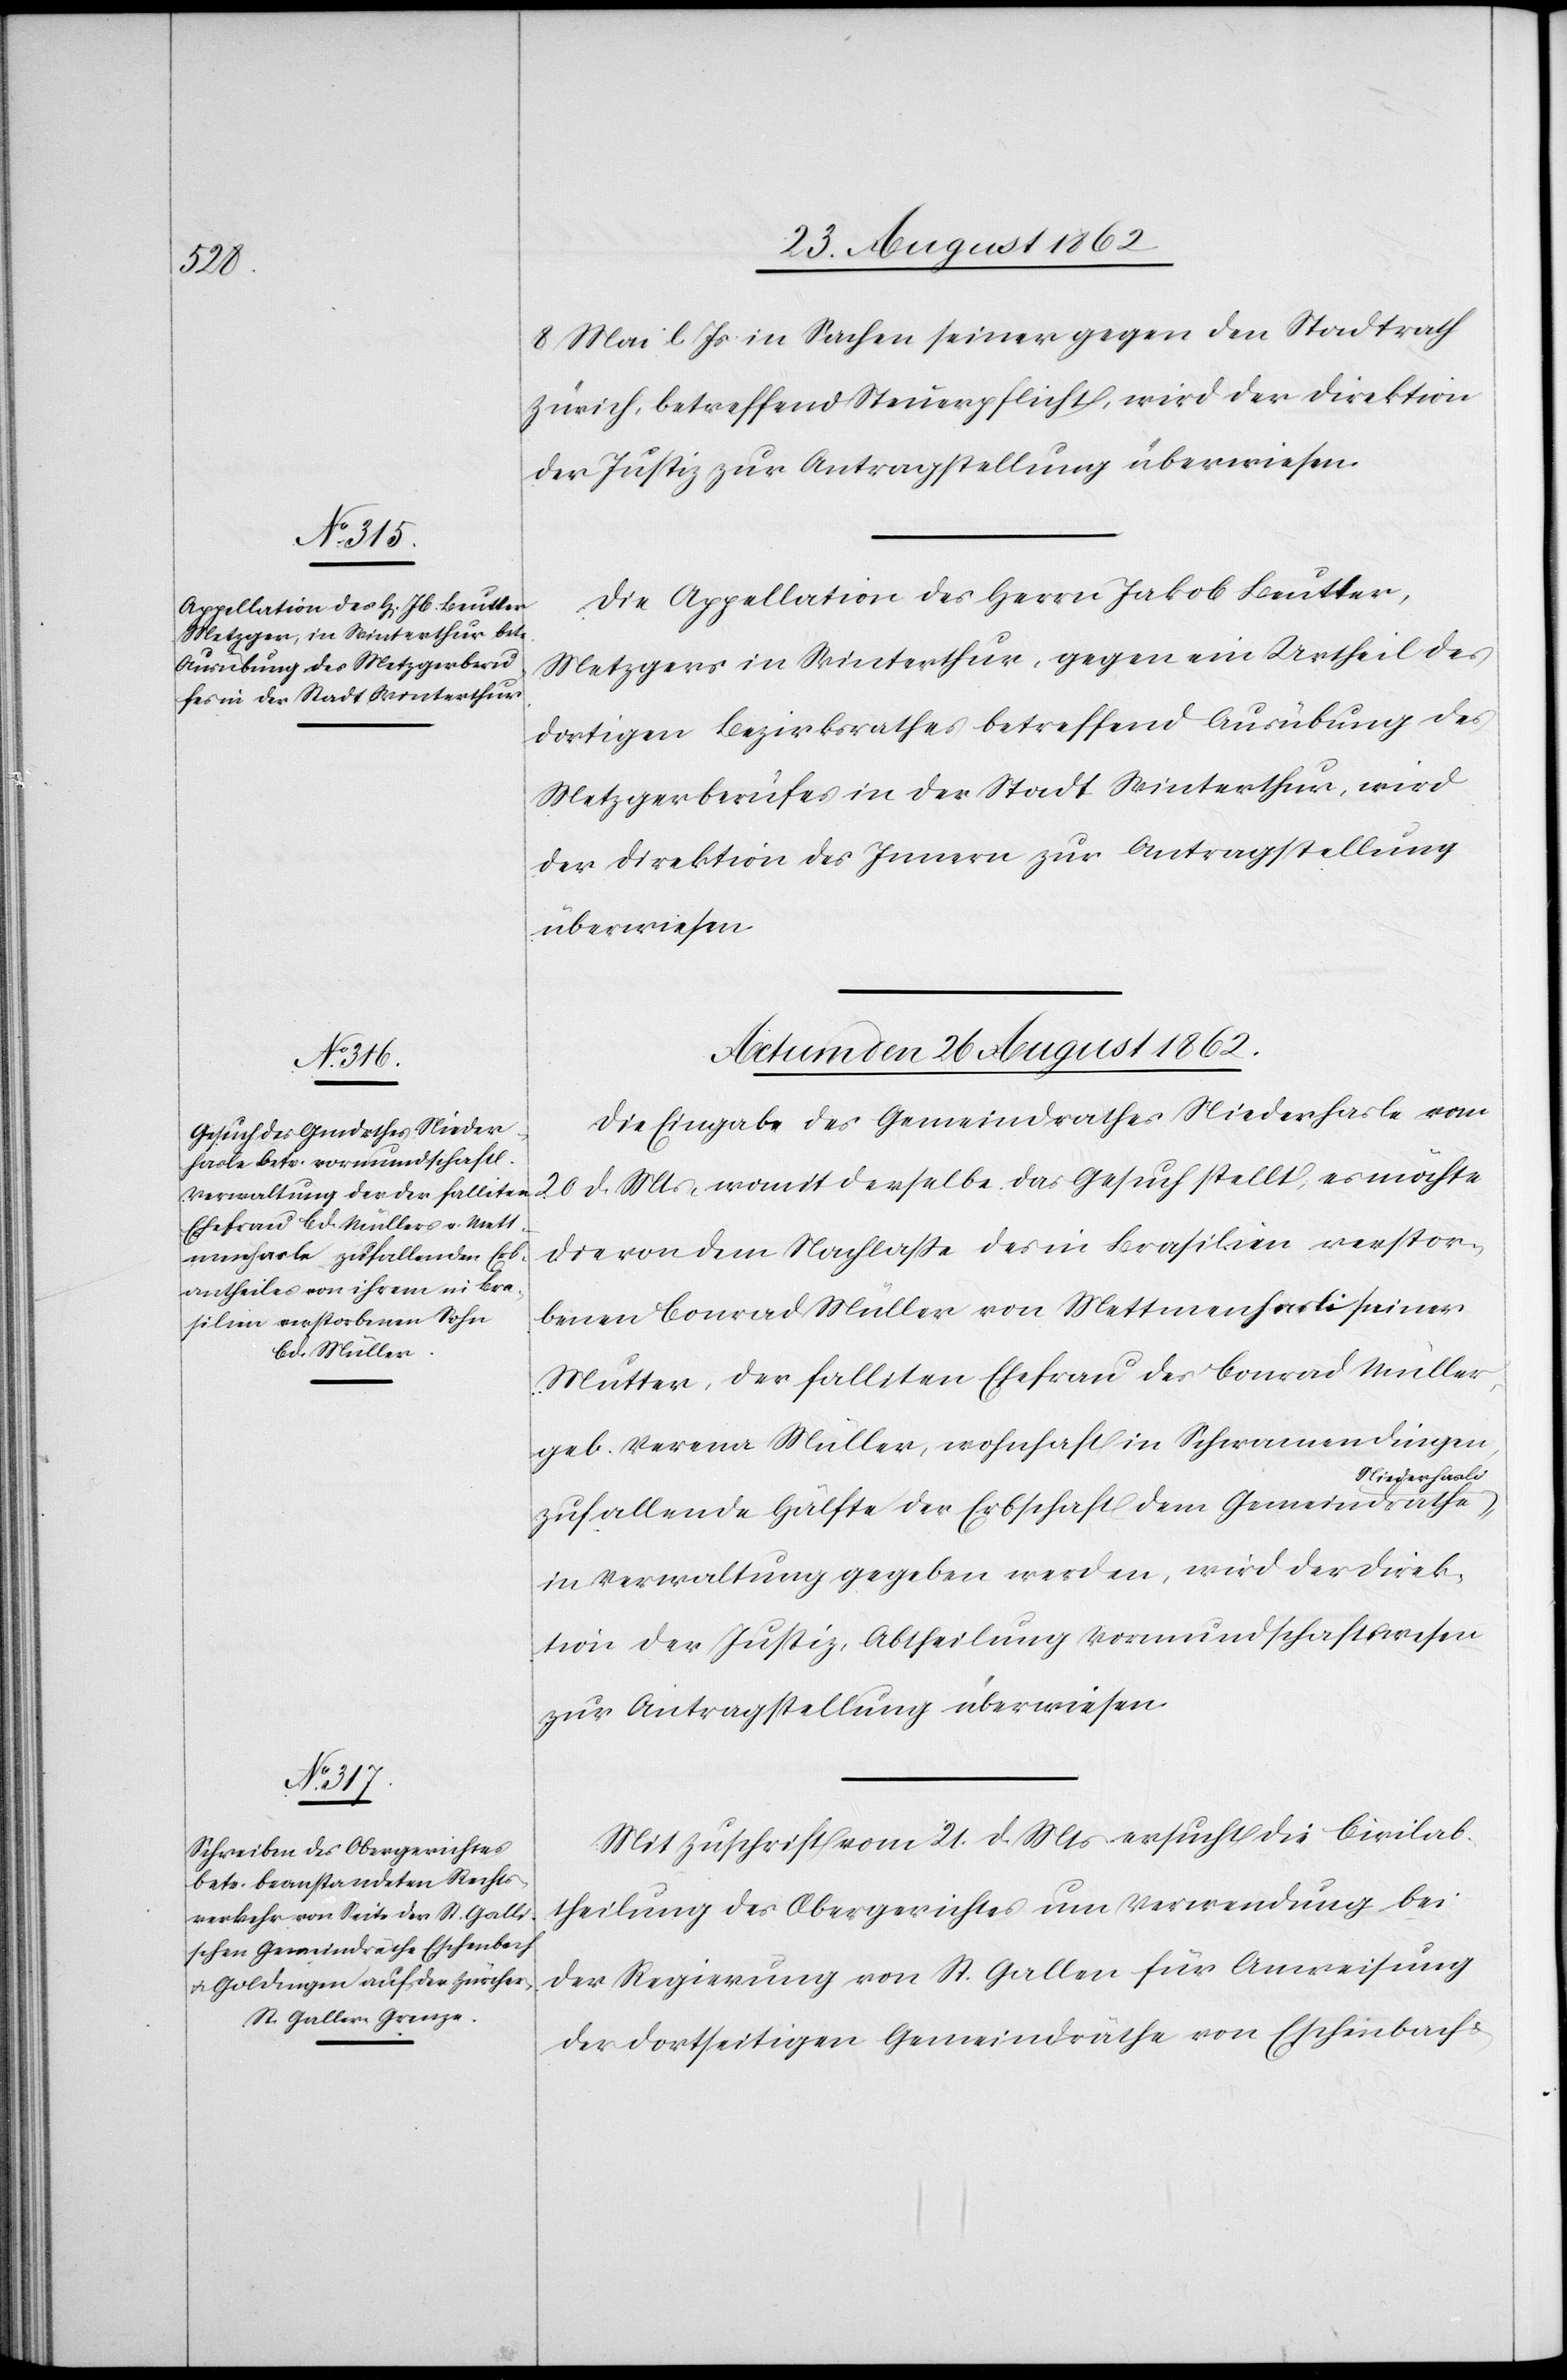
8. Mai l. Js. in Sachen seiner gegen den Stadtrath
Zürich, betreffend Steuerpflicht, wird der Direktion
der Justiz zur Antragstellung überwiesen.
Die Appellation des Herrn Jakob Beutter,
Metzgers in Winterthur, gegen ein Urtheil des
dortigen Bezirksrathes betreffend Ausübung des
Metzgerberufes in der Stadt Winterthur, wird
der Direktion des Innern zur Antragstellung
überwiesen.
Actum den 26. August 1862.]
Die Eingabe des Gemeindrathes Niederhasle vom
die von dem Nachlasse des in Brasilien verstor¬
benen Conrad Müller von Mettmenhasli seiner
Mutter, der falliten Ehefrau des Conrad Müller,
geb. Verena Müller, wohnhaft in Schwamendingen,
Niederhasli,
zufallende Hälfte der Erbschaft dem Gemeindsrathe
in Verwaltung gegeben werden, wird der Direk¬
tion der Justiz, Abtheilung Vormundschaftswesen
zur Antragstellung überwiesen.
Mit Zuschrift vom 21. d. Mts. ersucht die Civilab¬
theilung des Obergerichtes um Verwendung bei
der Regierung von St. Gallen für Anweisung
der dortseitigen Gemeindräthe von Eschenbach